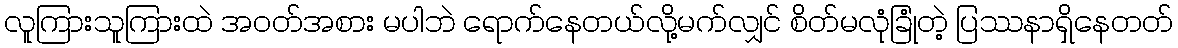
လူကြားသူကြားထဲ အဝတ်အစား မပါဘဲ ရောက်နေတယ်လို့မက်လျှင် စိတ်မလုံခြုံတဲ့ ပြဿနာရှိနေတတ်